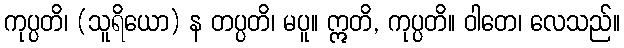
ကုပ္ပတိ၊ (သူရိယော) န တပ္ပတိ၊ မပူ။ ဣတိ, ကုပ္ပတိ။ ဝါတေ၊ လေသည်။